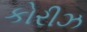
કોરીઝ